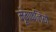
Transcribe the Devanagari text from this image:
मूंगफलियों